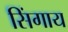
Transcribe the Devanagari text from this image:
सिंगाय